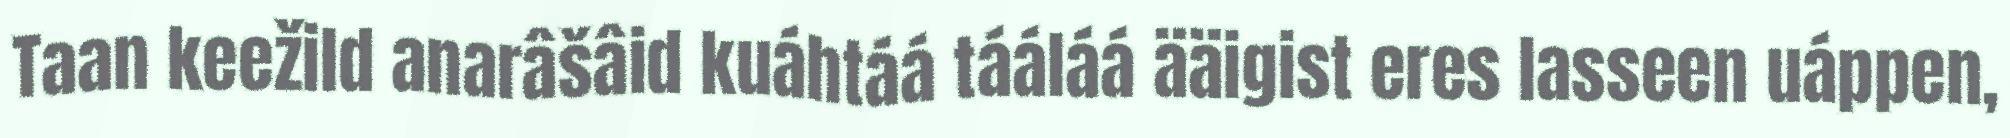
Taan keežild anarâšâid kuáhtáá tááláá ääigist eres lasseen uáppen,